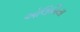
એલિસિયા